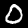
Digit: 0